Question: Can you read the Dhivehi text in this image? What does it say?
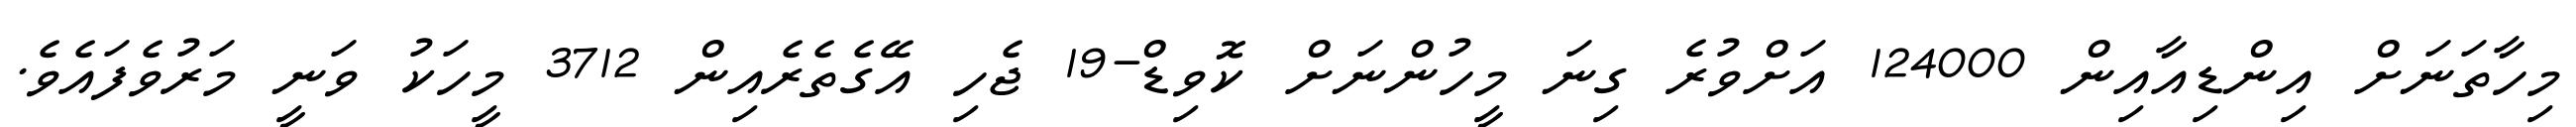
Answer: މިހާތަނަށް އިންޑިއާއިން 124000 އަށްވުރެ ގިނަ މީހުންނަށް ކޮވިޑް-19 ޖެހި އޭގެތެރެއިން 3712 މީހަކު ވަނީ މަރުވެފައެވެ.